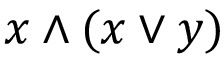
x \wedge ( x \vee y )